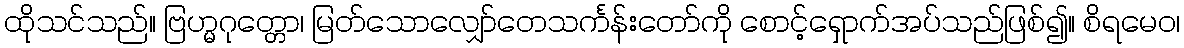
ထိုသင်သည်။ ဗြဟ္မဂုတ္တော၊ မြတ်သောလျှော်တေသင်္ကန်းတော်ကို စောင့်ရှောက်အပ်သည်ဖြစ်၍။ စိရမေဝ၊